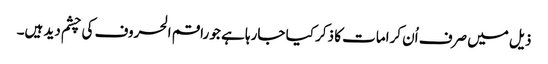
ذیل میں صرف اُن کرامات کا ذکر کیا جارہا ہے جو راقم الحروف کی چشم دید ہیں۔